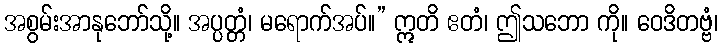
အစွမ်းအာနုဘော်သို့။ အပ္ပတ္တံ၊ မရောက်အပ်။” ဣတိ ဧတံ၊ ဤသဘော ကို။ ဝေဒိတဗ္ဗံ၊